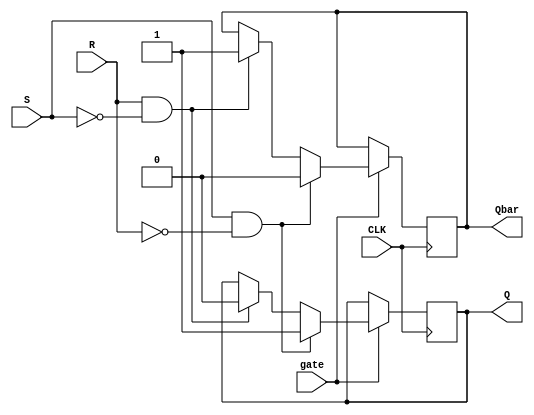
module Gated_SR_FF (
    input S,
    input R,
    input gate,
    input CLK,
    output reg Q,
    output reg Qbar
);

always @(posedge CLK) begin
    if (gate) begin
        if (S && !R) begin
            Q <= 1;
            Qbar <= 0;
        end else if (R && !S) begin
            Q <= 0;
            Qbar <= 1;
        end
    end
end

endmodule